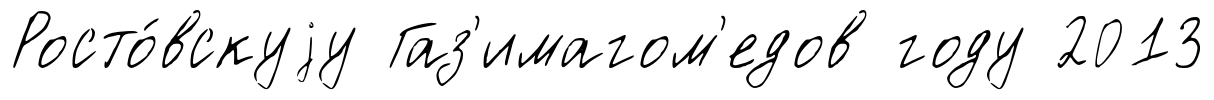
Росто́вскуjу Газ'имагом'едов году 2013